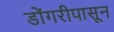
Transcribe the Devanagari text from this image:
डोंगरीपासून